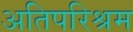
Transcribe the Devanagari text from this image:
अतिपरिश्रम